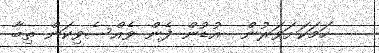
ހަމަކަށަވަރުން  އުޑުން ފެން ވެއްސެވިކަން ތިބާ